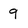
Character: 9